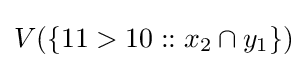
V(\{11>10::x_{2}\cap y_{1}\})